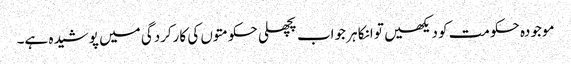
موجودہ حکومت کو دیکھیں تو انکا ہر جواب پچھلی حکومتوں کی کارکردگی میں پوشیدہ ہے۔